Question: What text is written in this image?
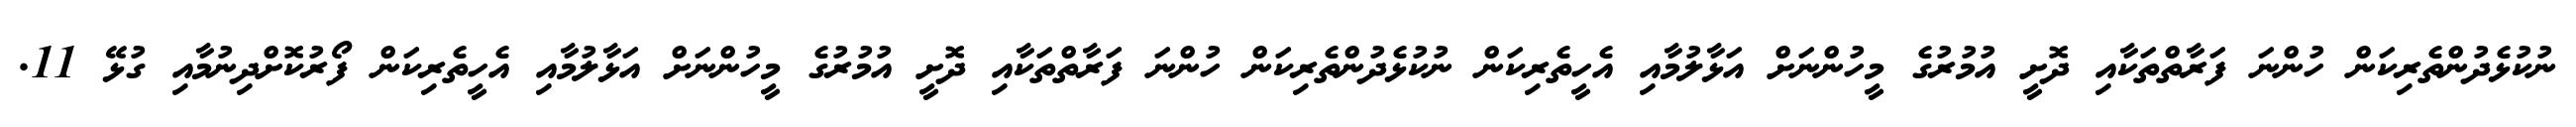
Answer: ނުކުޅެދުންތެރިކަން ހުންނަ ފަރާތްތަކާއި ދޮށީ އުމުރުގެ މީހުންނަށް އަޅާލުމާއި އެހީތެރިކަން ނުކުޅެދުންތެރިކަން ހުންނަ ފަރާތްތަކާއި ދޮށީ އުމުރުގެ މީހުންނަށް އަޅާލުމާއި އެހީތެރިކަން ފޯރުކޮށްދިނުމާއި ގުޅޭ 11.